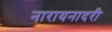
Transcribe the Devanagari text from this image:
नारायनादरी